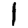
Digit: 1